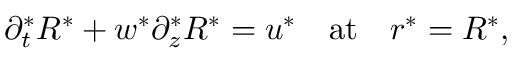
\partial _ { t } ^ { * } R ^ { * } + w ^ { * } \partial _ { z } ^ { * } R ^ { * } = u ^ { * } \quad \mathrm { a t } \quad r ^ { * } = R ^ { * } ,